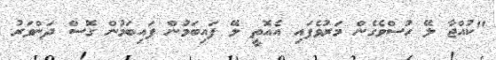
"ކުއްޖާ ލޭ ހުސްވެގެން މަރުވެފައި އެއޮތީ ލޭ ފައިބަމުން ފައިބަމުން ގޮސް ދަންވަރު